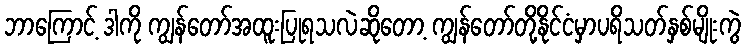
ဘာကြောင့် ဒါကို ကျွန်တော်အထူးပြုရသလဲဆိုတော့ ကျွန်တော်တို့နိုင်ငံမှာပရိသတ်နှစ်မျိုးကွဲ